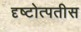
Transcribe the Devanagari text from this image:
दृष्टोत्पतीस